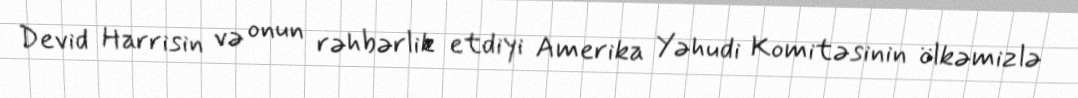
Devid Harrisin və onun rəhbərlik etdiyi Amerika Yəhudi Komitəsinin ölkəmizlə